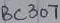
Text: BC307